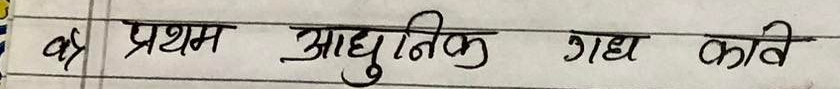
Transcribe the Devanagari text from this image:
वृ प्रथम आधुनिक गद्य कवि